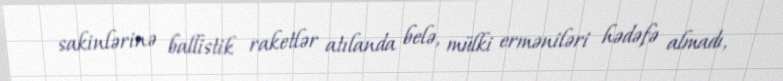
sakinlərinə ballistik raketlər atılanda belə, mülki erməniləri hədəfə almadı,